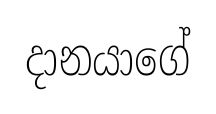
දානයාගේ